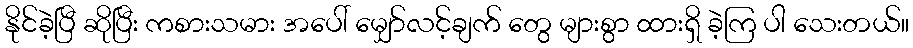
နိုင်ခဲ့ပြီ ဆိုပြီး ကစားသမား အပေါ် မျှော်လင့်ချက် တွေ များစွာ ထားရှိ ခဲ့ကြ ပါ သေးတယ်။